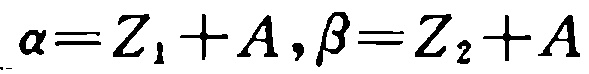
\(\alpha=Z_{1}+A,\beta=Z_{2}+A\)